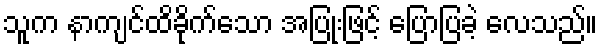
သူက နာကျင်ထိခိုက်သော အပြုံးဖြင့် ပြောပြခဲ့ လေသည်။